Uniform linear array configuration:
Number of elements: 16
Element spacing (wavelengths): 1
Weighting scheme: kaiser
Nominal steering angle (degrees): -15
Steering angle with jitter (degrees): -13.848
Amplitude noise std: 0.05
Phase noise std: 0.05

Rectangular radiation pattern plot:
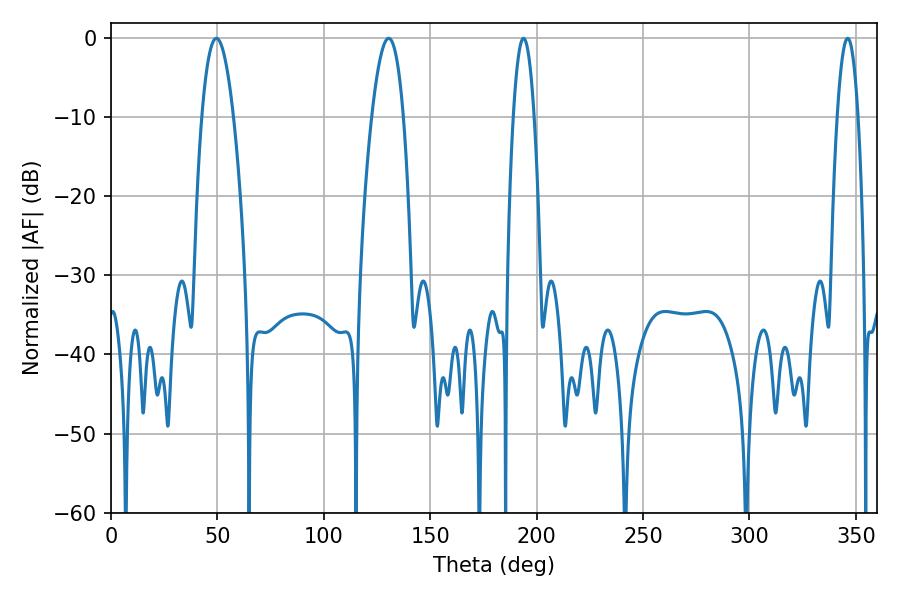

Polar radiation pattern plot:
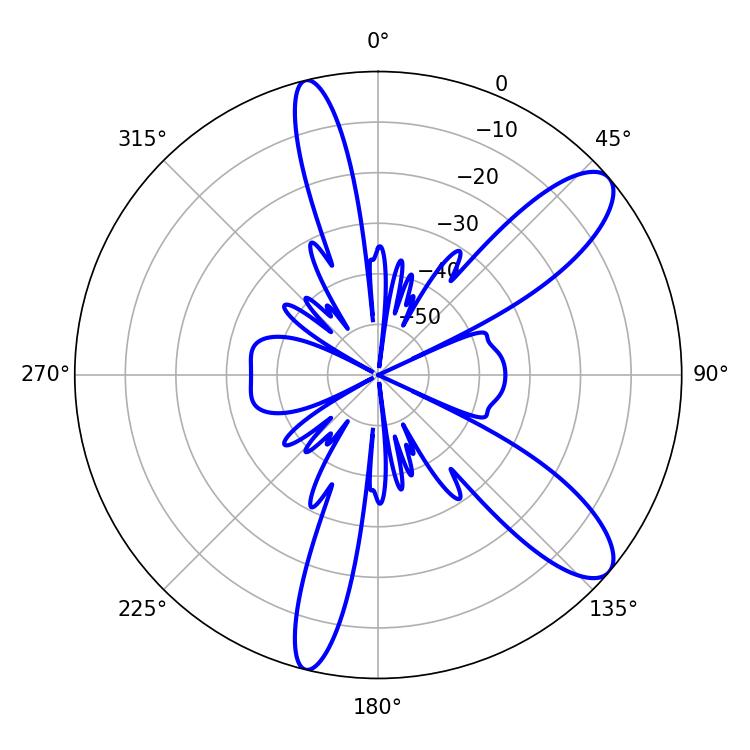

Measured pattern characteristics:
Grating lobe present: TRUE
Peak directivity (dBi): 10.323
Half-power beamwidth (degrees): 5.4
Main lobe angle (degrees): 193.86